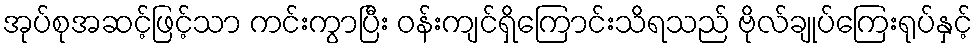
အုပ်စုအဆင့်ဖြင့်သာ ကင်းကွာပြီး ဝန်းကျင်ရှိကြောင်းသိရသည် ဗိုလ်ချုပ်ကြေးရုပ်နှင့်